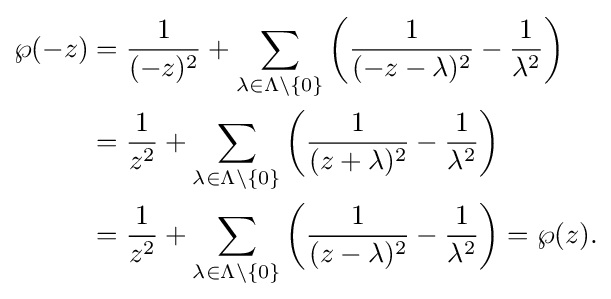
{\begin{aligned}\wp (-z)&={\frac {1}{(-z)^{2}}}+\sum _{\lambda \in \Lambda \setminus \{0\}}\left({\frac {1}{(-z-\lambda )^{2}}}-{\frac {1}{\lambda ^{2}}}\right)\\&={\frac {1}{z^{2}}}+\sum _{\lambda \in \Lambda \setminus \{0\}}\left({\frac {1}{(z+\lambda )^{2}}}-{\frac {1}{\lambda ^{2}}}\right)\\&={\frac {1}{z^{2}}}+\sum _{\lambda \in \Lambda \setminus \{0\}}\left({\frac {1}{(z-\lambda )^{2}}}-{\frac {1}{\lambda ^{2}}}\right)=\wp (z).\end{aligned}}